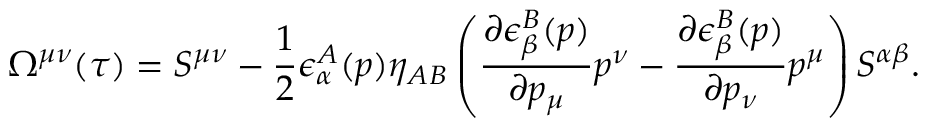
\Omega ^ { \mu \nu } ( \tau ) = S ^ { \mu \nu } - \frac { 1 } { 2 } \epsilon _ { \alpha } ^ { A } ( p ) \eta _ { A B } \left( \frac { \partial \epsilon _ { \beta } ^ { B } ( p ) } { \partial p _ { \mu } } p ^ { \nu } - \frac { \partial \epsilon _ { \beta } ^ { B } ( p ) } { \partial p _ { \nu } } p ^ { \mu } \right) S ^ { \alpha \beta } .